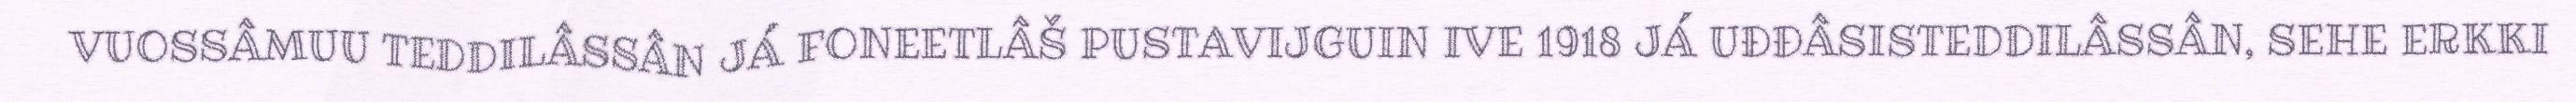
VUOSSÂMUU TEDDILÂSSÂN JÁ FONEETLÂŠ PUSTAVIJGUIN IVE 1918 JÁ UĐĐÂSISTEDDILÂSSÂN, SEHE ERKKI